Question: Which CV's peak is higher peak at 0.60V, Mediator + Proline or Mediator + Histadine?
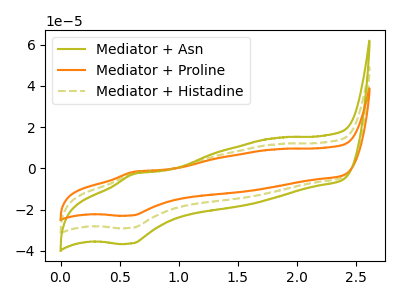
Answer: <think>The olive curve "Mediator + Asn" has an anodic peak at (0.60V, -4.30uA) and a cathodic peak at (0.60V, -57.80uA). The orange curve "Mediator + Proline" has an anodic peak at (0.60V, -1.70uA) and a cathodic peak at (0.60V, -22.90uA). The olive dashed curve "Mediator + Histadine" has an anodic peak at (0.60V, -2.15uA) and a cathodic peak at (0.60V, -28.90uA).</think>
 <answer>The peak at 0.60V is lower in "Mediator + Proline" than in "Mediator + Histadine".</answer>
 <eval>lower</eval>